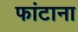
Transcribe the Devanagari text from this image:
फांटाना